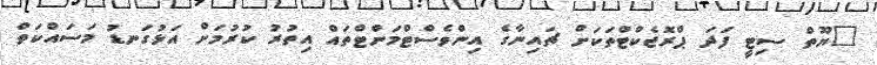
"ޔޫތް ސިޓީ ފަދަ ޕްރޮޖެކްޓްތަކަށް ޗައިނާގެ އިންވެސްޓްމަންޓްތައް އިތުރު ކުރުމަށް އަޅުގަނޑު މަސައްކަތް